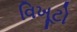
વિખૂટો